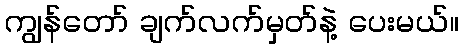
ကျွန်တော် ချက်လက်မှတ်နဲ့ ပေးမယ်။